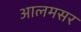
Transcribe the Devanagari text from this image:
आलमसर